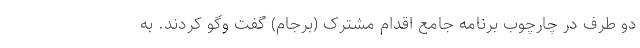
دو طرف در چارچوب برنامه جامع اقدام مشترک (برجام) گفت وگو کردند. به